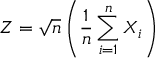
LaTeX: Z = { \sqrt { n } } \left( { \frac { 1 } { n } } \sum _ { i = 1 } ^ { n } X _ { i } \right)